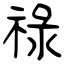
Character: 祿